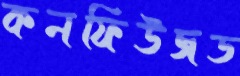
কনফিউজড